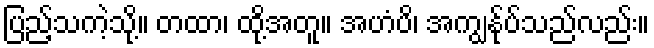
ပြည့်သကဲ့သို့။ တထာ၊ ထို့အတူ။ အဟံပိ၊ အကျွန်ုပ်သည်လည်း။